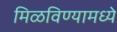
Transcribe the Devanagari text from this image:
मिळविण्यामध्ये